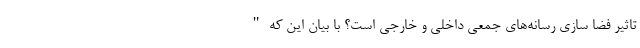
تاثیر فضا سازی رسانه‌های جمعی داخلی و خارجی است؟ با بیان این که "